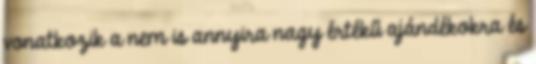
vonatkozik a nem is annyira nagy értékű ajándékokra és